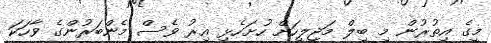
މީގެ އިތުރުން މި ބިލް މަޖިލީހަށް ހުށަހެޅި އިރު ވެސް މެންބަރުންގެ ވާހަކަ